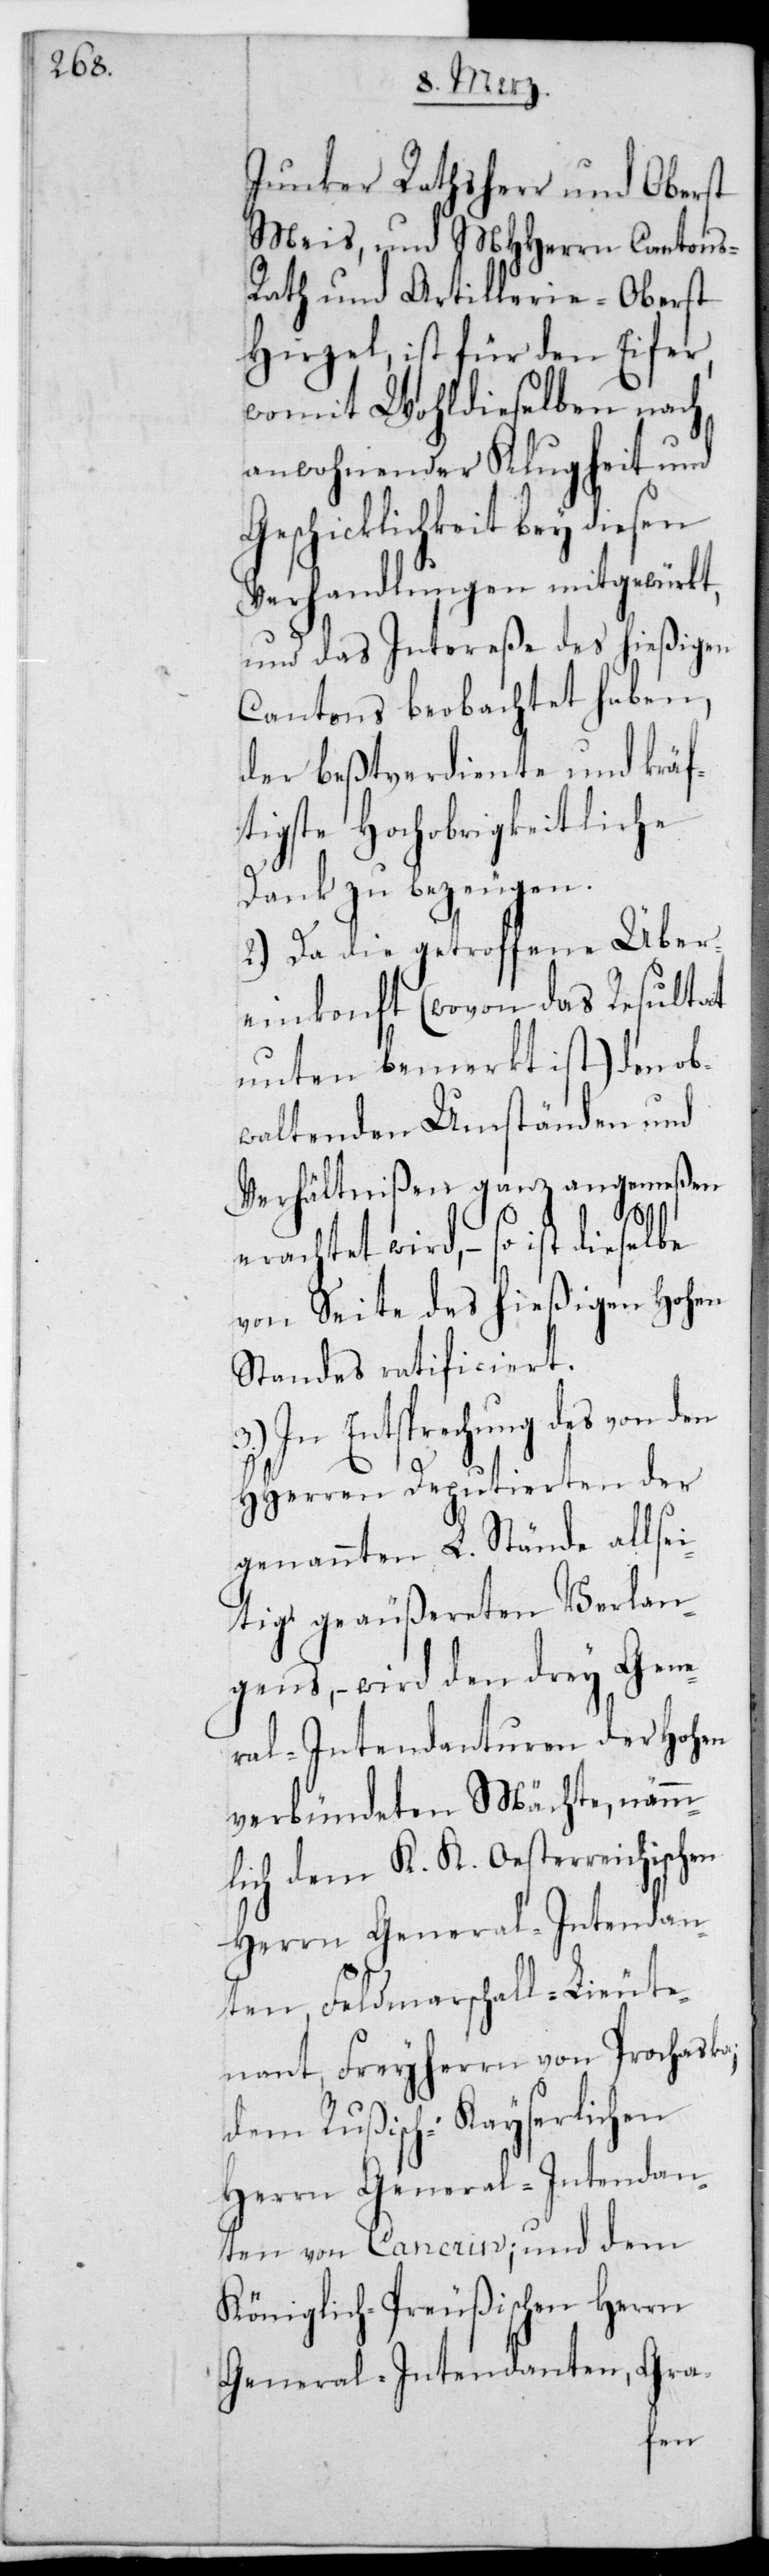
Junker Rathsherr und Oberst
Meis, und MHHerrn Cantons¬
rath und Artillerie-Oberst
Hirzel, ist für den Eifer,
womit Wohldieselben nach
anwohnender Klugheit und
Geschicklichkeit bey diesen
Verhandlungen mitgewürkt,
und das Intereße des hießigen
Cantons beobachtet haben,
der beßtverdiente und kräf¬
tigste Hochobrigkeitliche
Dank zu bezeugen.
2.) Da die getroffene Über¬
einkonft (wovon des Resultat
unten bemerkt ist) den ob¬
waltenden Umständen, und
Verhältnißen ganz angemeßen
erachtet wird, – so ist dieselbe
von Seite des hießigen Hohen
Standes ratificiert.
In Entsprechung des von den
HHerren Deputierten der
genannten L. Stände allsei¬
tig geäußereten Verlan¬
gens, – wird den drey Gene¬
ral-Intendanturen der Hohen
verbündeten Mächte, nämm¬
lich dem K. K. Oesterreichischen
Herrn General-Intendan¬
ten, Feldmarschall-Lieute¬
nant Freiherrn von Prochaska;
dem Rußisch-Kayserlichen
Herrn General-Intendan¬
ten von Crancrin; und dem
Königlich-Preußischen Herrn
General-Intendanten, Gra-